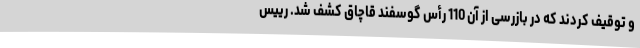
و توقیف کردند که در بازرسی از آن 110 رأس گوسفند قاچاق کشف شد. رییس